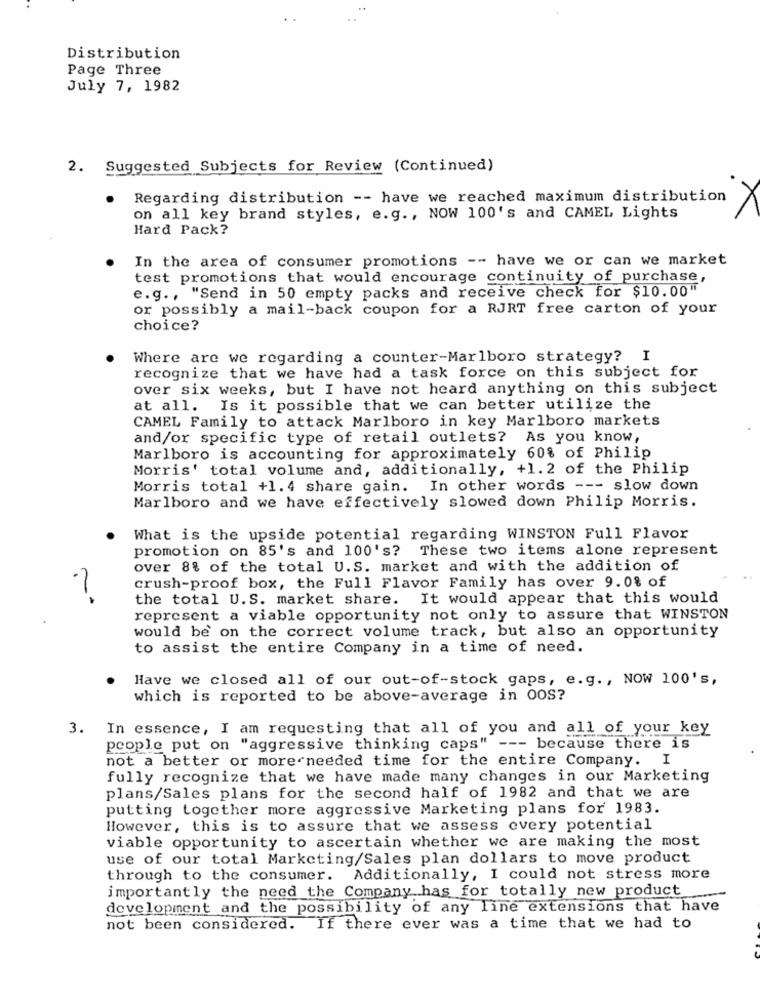
Distribution
Page Three
July 7, 1982
2.
Suggested Subjects for Review (Continued)
Regarding distribution -- have we reached maximum distribution
on all key brand styles, e.g ., NOW 100's and CAMEL Lights
Hard Pack?
In the area of consumer promotions -- have we or can we market
test promotions that would encourage continuity of purchase,
e.g ., "Send in 50 empty packs and receive check for $10.00"
or possibly a mail-back coupon for a RJRT free carton of your
choice?
Where are we regarding a counter-Marlboro strategy? I
recognize that we have had a task force on this subject for
over six weeks, but I have not heard anything on this subject
at all. Is it possible that we can better utilize the
CAMEL Family to attack Marlboro in key Marlboro markets
and/or specific type of retail outlets? As you know,
Marlboro is accounting for approximately 60% of Philip
Morris' total volume and, additionally, +1.2 of the Philip
Morris total +1.4 share gain. In other words --- slow down
Marlboro and we have effectively slowed down Philip Morris.
What is the upside potential regarding WINSTON Full Flavor
promotion on 85's and 100's? These two items alone represent
over 8% of the total U.S. market and with the addition of
crush-proof box, the Full Flavor Family has over 9.0% of
the total U.S. market share. It would appear that this would
represent a viable opportunity not only to assure that WINSTON
would be on the correct volume track, but also an opportunity
to assist the entire Company in a time of need.
Have we closed all of our out-of-stock gaps, e.g ., NOW 100's,
which is reported to be above-average in OOS?
3. In essence, I am requesting that all of you and all of your key
people put on "aggressive thinking caps" --- because there is
not a better or more needed time for the entire Company. I
fully recognize that we have made many changes in our Marketing
plans/Sales plans for the second half of 1982 and that we are
putting together more aggressive Marketing plans for 1983.
However, this is to assure that we assess every potential
viable opportunity to ascertain whether we are making the most
use of our total Marketing/Sales plan dollars to move product
through to the consumer. Additionally, I could not stress more
importantly the need the Company has for totally new product
development and the possibility of any line extensions that have
not been considered. If there ever was a time that we had to